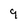
Character: 9